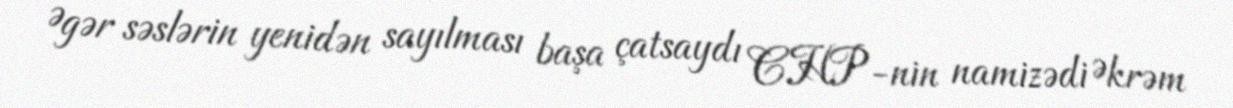
Əgər səslərin yenidən sayılması başa çatsaydı CHP-nin namizədi Əkrəm